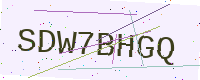
Text: SDW7BHGQ